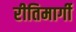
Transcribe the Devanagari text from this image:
रीतिमार्गी